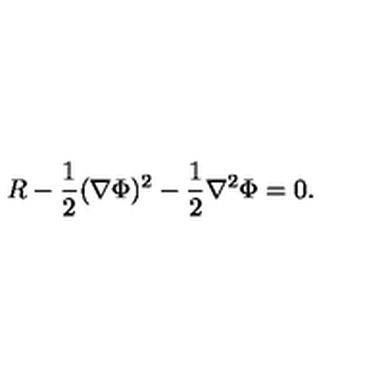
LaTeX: R - { \frac { 1 } { 2 } } ( \nabla \Phi ) ^ { 2 } - { \frac { 1 } { 2 } } \nabla ^ { 2 } \Phi = 0 .